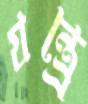
যন্ত্র্রে